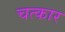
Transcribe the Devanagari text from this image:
चत्कार